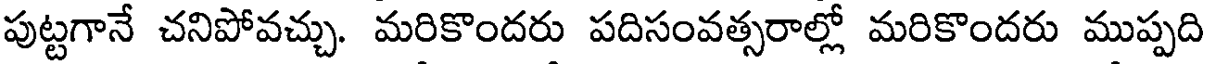
పుట్టగానే చనిపోవచ్చు. మరికొందరు పదిసంవత్సరాల్లో మరికొందరు ముప్పది